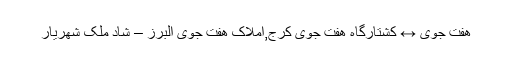
هفت جوی ↔ کشتارگاه هفت جوی کرج,املاک هفت جوی البرز – شاد ملک شهریار